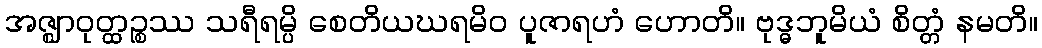
အဇ္ဈာဝုတ္ထဉ္စဿ သရီရမ္ပိ စေတိယဃရမိဝ ပူဇာရဟံ ဟောတိ။ ဗုဒ္ဓဘူမိယံ စိတ္တံ နမတိ။